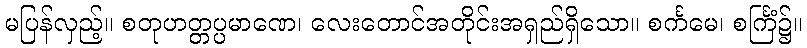
မပြန်လှည့်။ စတုဟတ္တပ္ပမာဏေ၊ လေးတောင်အတိုင်းအရှည်ရှိသော။ စင်္ကမေ၊ စင်္ကြံ၌။